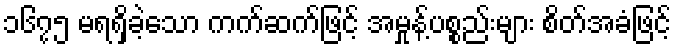
၁၆၇၅ မရရှိခဲ့သော ကက်ဆက်ဖြင့် အမှုန့်ပစ္စည်းများ စိတ်အခံဖြင့်